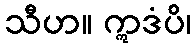
သီဟ။ ဣဒံပိ၊